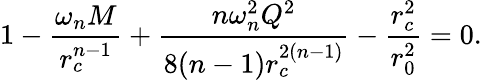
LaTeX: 1-\frac{\omega_{n}M}{r_{c}^{n-1}}+\frac{n\omega_{n}^{2}Q^{2}}{8(n-1)r_{c}^{2(n-1)}}-\frac{r_{c}^{2}}{r_{0}^{2}}=0.